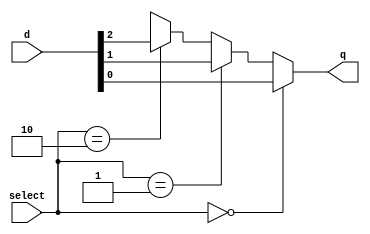

module mux3to1ifelse( select, d, q ); // initialising module

input[1:0] select; //declaring select inputs
input[2:0] d; // declaring inputs
output q; // declaring output
 // declaring wires
wire q;
wire[1:0] select;
wire[2:0] d;
//assigning output using continuous if elses
assign q = ( select == 2'b00 )? d[0] :  ( select == 2'b01 )? d[1] : ( select == 2'b10 )? d[2] : 1'bx;
endmodule   // ending module